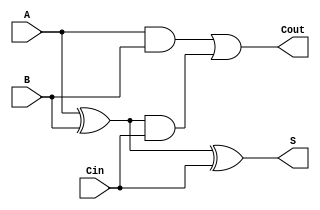
module TreeStructuredFullAdder (
    input wire A,      // First binary input
    input wire B,      // Second binary input
    input wire Cin,    // Carry-in input
    output wire S,     // Sum output
    output wire Cout   // Carry-out output
);

// Level 1 - Initial Sum Calculation
wire S1;            // Intermediate sum
wire C1;            // Carry from A and B
wire C2;            // Carry from S1 and Cin

// Compute intermediate sum S1
assign S1 = A ^ B;  // S1 = A XOR B

// Level 1 - Carry Calculation
assign C1 = A & B;  // C1 = A AND B
assign C2 = S1 & Cin; // C2 = S1 AND Cin

// Level 2 - Final Sum Calculation
assign S = S1 ^ Cin; // S = S1 XOR Cin

// Level 2 - Final Carry Calculation
assign Cout = C1 | C2; // Cout = C1 OR C2

endmodule